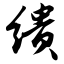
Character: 缋